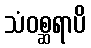
သံဝစ္ဆရာပိ